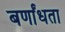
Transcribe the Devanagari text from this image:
बर्णांधता